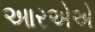
આરએએ